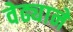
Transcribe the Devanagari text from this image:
वेढ्याने